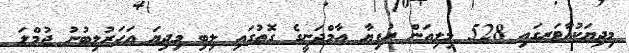
މިދިޔަކުއާޓަރގައި 528 މިލިއަން ރުފިޔާ އާމްދަނީގެ ގޮތުގައި ލިބި މިދިޔަ އަހަރުލިބުނު ޖުމްލަ